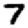
Digit: 7